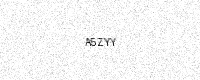
Text: A5ZYY